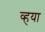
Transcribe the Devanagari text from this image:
व्हया